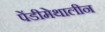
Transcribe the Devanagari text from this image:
पेंडीमेथालीन